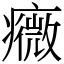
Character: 癓